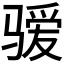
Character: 𱭄